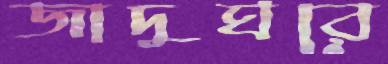
জাদুঘরে